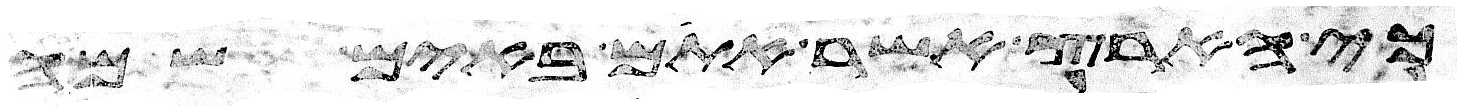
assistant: כי הארץ אשר אתם באים שמה